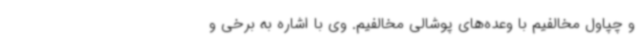
و چپاول مخالفیم با وعده‌های پوشالی مخالفیم. وی با اشاره به برخی و